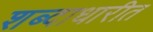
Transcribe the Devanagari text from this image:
शब्दाधारीत